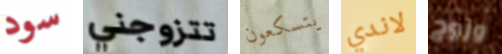
سود تتزوجني يتسكعون لاندي وزوج